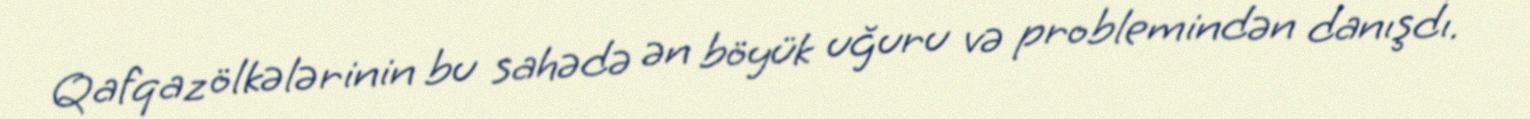
Qafqaz ölkələrinin bu sahədə ən böyük uğuru və problemindən danışdı.